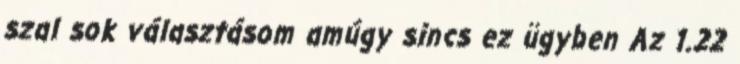
szal sok választásom amúgy sincs ez ügyben Az 1.22